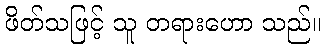
ဖိတ်သဖြင့် သူ တရားဟော သည်။